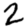
Digit: 2